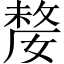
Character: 嫠